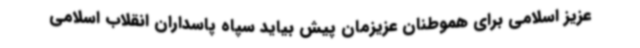
عزیز اسلامی برای هموطنان عزیزمان پیش بیاید سپاه پاسداران انقلاب اسلامی